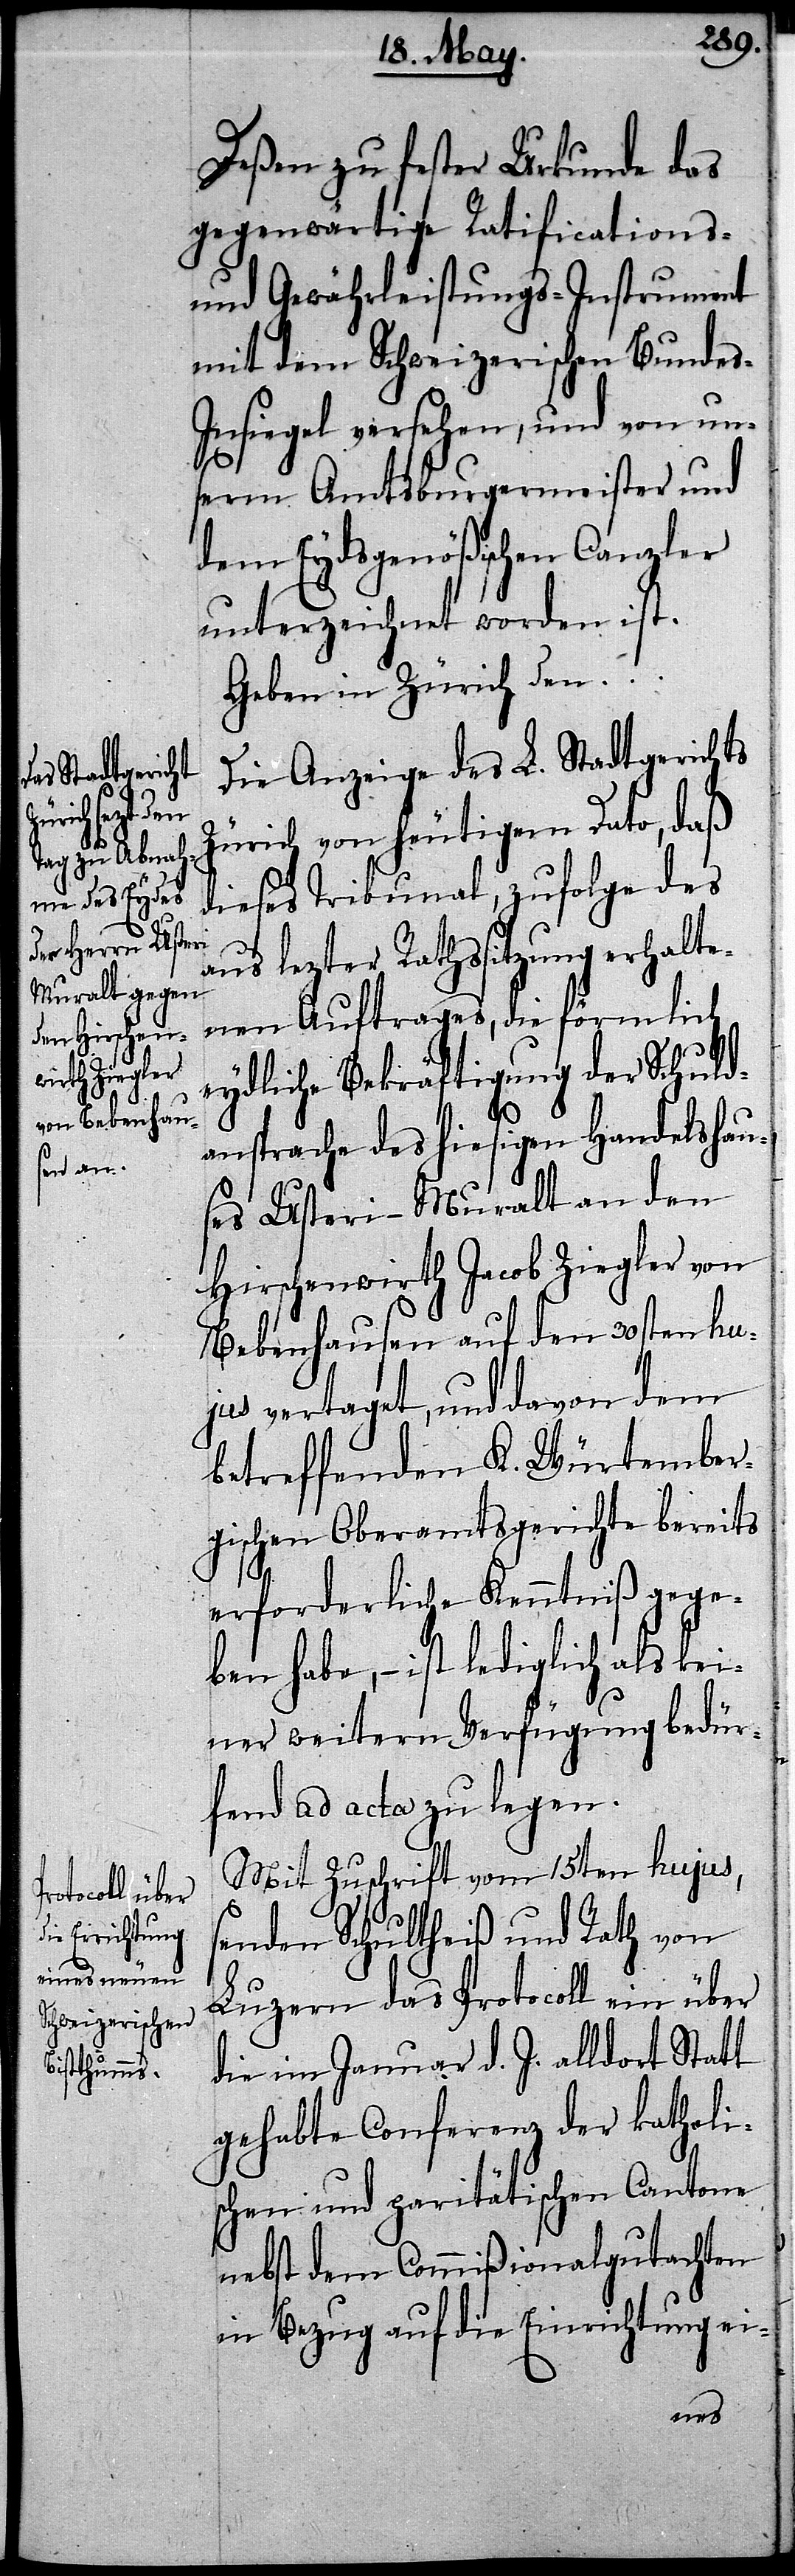
Deßen zu fester Urkunde das
gegenwärtige Ratifications-
und Gewährleistungs-Instrument
mit dem Schweizerischen Bunde¬
s-Insiegel versehen, und von un¬
serm Amtsburgermeister und
dem Eydsgenößischen Canzler
unterzeichnet worden ist.
Geben in Zürich den …
Die Anzeige des L. Stadtgerichts
Zürich von heutigem Dato, daß
dieses Tribunal, zufolge des
aus lezter Rathssitzung erhalte¬
nen Auftrages, die förmlich
eydliche Bekräftigung der Schuld¬
ansprache des hiesigen Handelshau¬
ses Usteri-Muralt an den
Hirschenwirth Jacob Ziegler von
Bebenhausen auf den 30sten hu¬
jus vertaget, und davon dem
betreffenden K. Würtember¬
gischen Oberamtsgerichte bereits
erforderliche Kenntniß gege¬
ben habe, – ist lediglich als kei¬
ner weitern Verfügung bedür¬
fend ad acta zu legen.
Mit Zuschrift vom 15ten hujus,
senden Schultheiß und Rath von
Luzern das Protocoll ein über
die im Januar d. J. alldort Statt
gehabte Conferenz der katholi¬
schen und paritätischen Cantone
nebst dem Commißionalgutachten
in Bezug auf die Einrichtung ei-